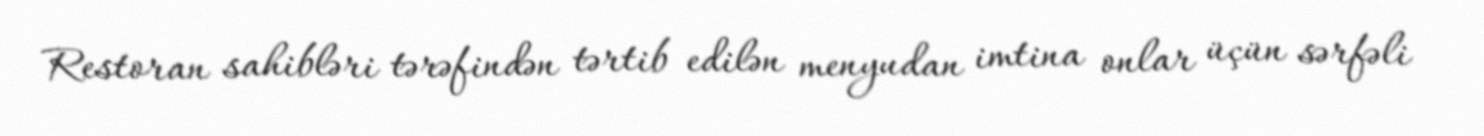
Restoran sahibləri tərəfindən tərtib edilən menyudan imtina onlar üçün sərfəli